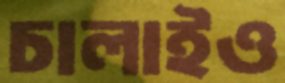
চালাইও